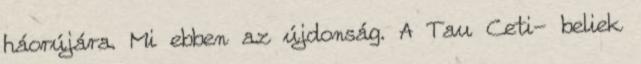
háorújára. Mi ebben az újdonság. A Tau Ceti- beliek